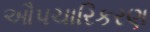
ઔપચારિકરણ